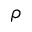
\rho